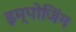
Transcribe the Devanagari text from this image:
इम्पोजिंग